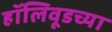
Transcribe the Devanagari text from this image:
हॉलिवूडच्या